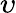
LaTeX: \upsilon